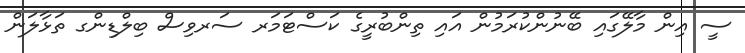
ސީ އިން މާލޭގައި ބޭނުންކުރަމުން އައި ތިންބުރީގެ ކަސްޓަމަރ ސަރވިސް ބިލްޑިންގ ތަޅާލަން